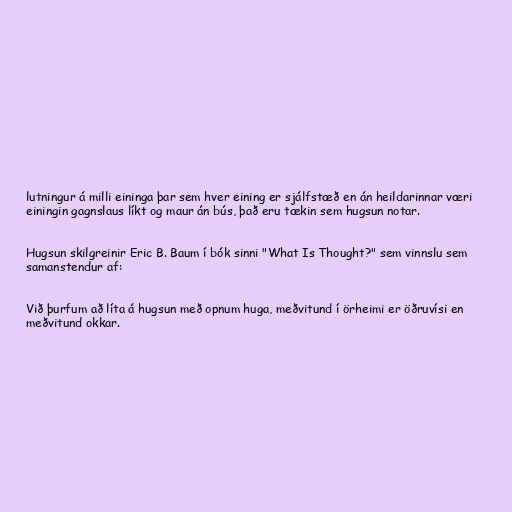
lutningur á milli eininga þar sem hver eining er sjálfstæð en án heildarinnar væri
einingin gagnslaus líkt og maur án bús, það eru tækin sem hugsun notar.

Hugsun skilgreinir Eric B. Baum í bók sinni "What Is Thought?" sem vinnslu sem
samanstendur af:

Við þurfum að líta á hugsun með opnum huga, meðvitund í örheimi er öðruvísi en
meðvitund okkar.